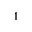
1